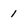
Character: 1